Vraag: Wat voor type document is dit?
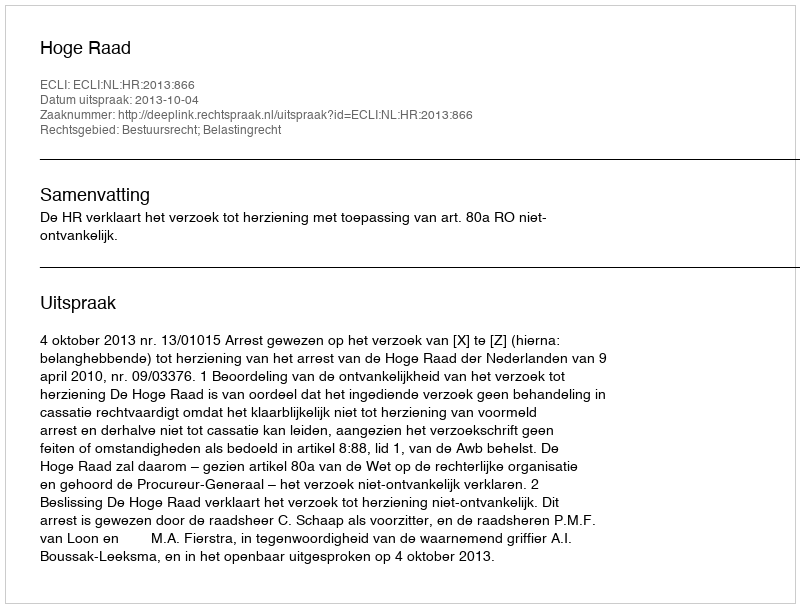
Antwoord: Uitspraak